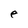
Character: e